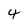
Character: 4